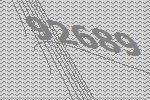
92689